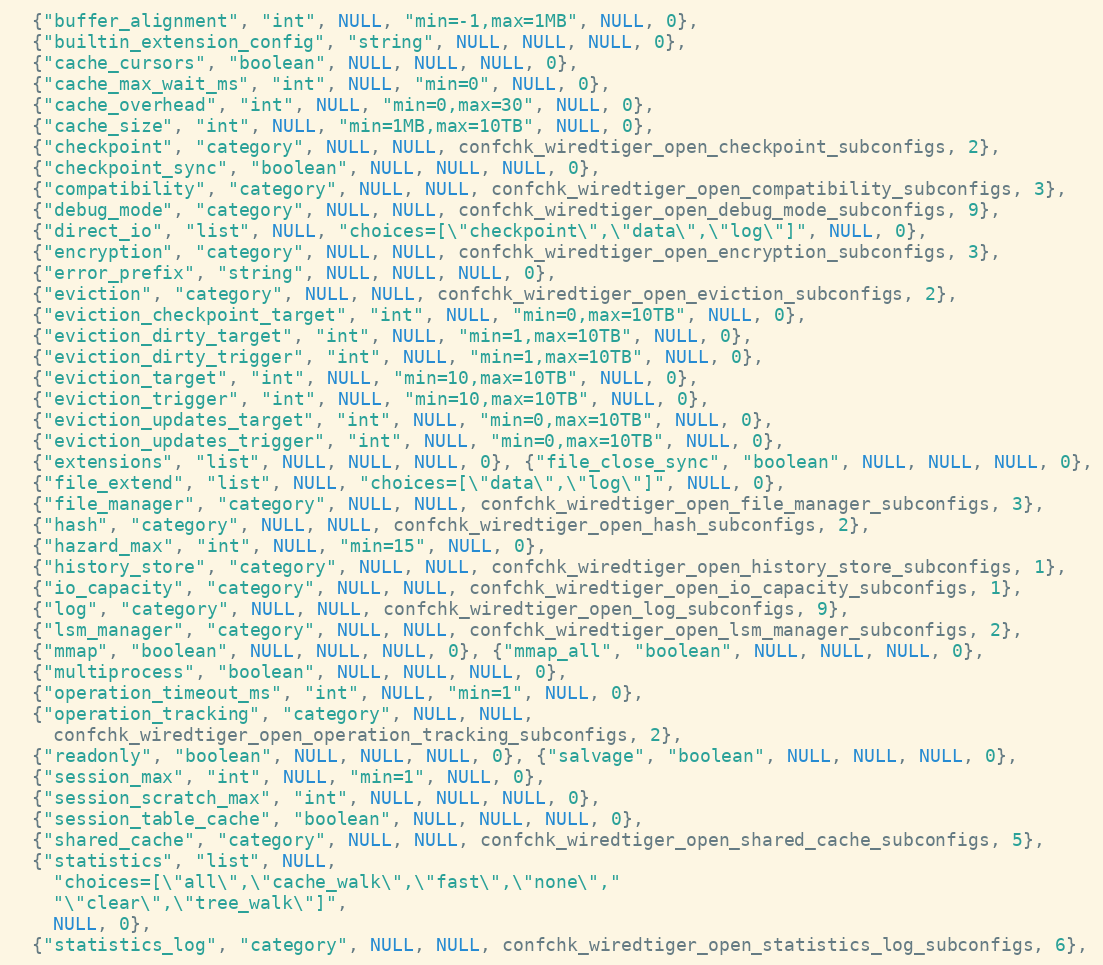
Language: C
  {"buffer_alignment", "int", NULL, "min=-1,max=1MB", NULL, 0},
  {"builtin_extension_config", "string", NULL, NULL, NULL, 0},
  {"cache_cursors", "boolean", NULL, NULL, NULL, 0},
  {"cache_max_wait_ms", "int", NULL, "min=0", NULL, 0},
  {"cache_overhead", "int", NULL, "min=0,max=30", NULL, 0},
  {"cache_size", "int", NULL, "min=1MB,max=10TB", NULL, 0},
  {"checkpoint", "category", NULL, NULL, confchk_wiredtiger_open_checkpoint_subconfigs, 2},
  {"checkpoint_sync", "boolean", NULL, NULL, NULL, 0},
  {"compatibility", "category", NULL, NULL, confchk_wiredtiger_open_compatibility_subconfigs, 3},
  {"debug_mode", "category", NULL, NULL, confchk_wiredtiger_open_debug_mode_subconfigs, 9},
  {"direct_io", "list", NULL, "choices=[\"checkpoint\",\"data\",\"log\"]", NULL, 0},
  {"encryption", "category", NULL, NULL, confchk_wiredtiger_open_encryption_subconfigs, 3},
  {"error_prefix", "string", NULL, NULL, NULL, 0},
  {"eviction", "category", NULL, NULL, confchk_wiredtiger_open_eviction_subconfigs, 2},
  {"eviction_checkpoint_target", "int", NULL, "min=0,max=10TB", NULL, 0},
  {"eviction_dirty_target", "int", NULL, "min=1,max=10TB", NULL, 0},
  {"eviction_dirty_trigger", "int", NULL, "min=1,max=10TB", NULL, 0},
  {"eviction_target", "int", NULL, "min=10,max=10TB", NULL, 0},
  {"eviction_trigger", "int", NULL, "min=10,max=10TB", NULL, 0},
  {"eviction_updates_target", "int", NULL, "min=0,max=10TB", NULL, 0},
  {"eviction_updates_trigger", "int", NULL, "min=0,max=10TB", NULL, 0},
  {"extensions", "list", NULL, NULL, NULL, 0}, {"file_close_sync", "boolean", NULL, NULL, NULL, 0},
  {"file_extend", "list", NULL, "choices=[\"data\",\"log\"]", NULL, 0},
  {"file_manager", "category", NULL, NULL, confchk_wiredtiger_open_file_manager_subconfigs, 3},
  {"hash", "category", NULL, NULL, confchk_wiredtiger_open_hash_subconfigs, 2},
  {"hazard_max", "int", NULL, "min=15", NULL, 0},
  {"history_store", "category", NULL, NULL, confchk_wiredtiger_open_history_store_subconfigs, 1},
  {"io_capacity", "category", NULL, NULL, confchk_wiredtiger_open_io_capacity_subconfigs, 1},
  {"log", "category", NULL, NULL, confchk_wiredtiger_open_log_subconfigs, 9},
  {"lsm_manager", "category", NULL, NULL, confchk_wiredtiger_open_lsm_manager_subconfigs, 2},
  {"mmap", "boolean", NULL, NULL, NULL, 0}, {"mmap_all", "boolean", NULL, NULL, NULL, 0},
  {"multiprocess", "boolean", NULL, NULL, NULL, 0},
  {"operation_timeout_ms", "int", NULL, "min=1", NULL, 0},
  {"operation_tracking", "category", NULL, NULL,
    confchk_wiredtiger_open_operation_tracking_subconfigs, 2},
  {"readonly", "boolean", NULL, NULL, NULL, 0}, {"salvage", "boolean", NULL, NULL, NULL, 0},
  {"session_max", "int", NULL, "min=1", NULL, 0},
  {"session_scratch_max", "int", NULL, NULL, NULL, 0},
  {"session_table_cache", "boolean", NULL, NULL, NULL, 0},
  {"shared_cache", "category", NULL, NULL, confchk_wiredtiger_open_shared_cache_subconfigs, 5},
  {"statistics", "list", NULL,
    "choices=[\"all\",\"cache_walk\",\"fast\",\"none\","
    "\"clear\",\"tree_walk\"]",
    NULL, 0},
  {"statistics_log", "category", NULL, NULL, confchk_wiredtiger_open_statistics_log_subconfigs, 6},